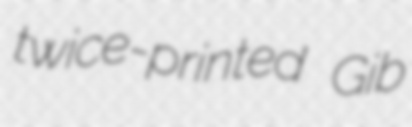
twice-printed Gib